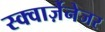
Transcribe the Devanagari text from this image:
स्क्वार्ज़ेनेजर